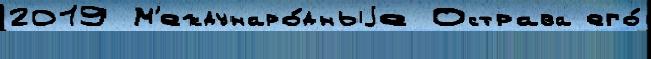
2019 М'еждунаро́дныjе Острава его́